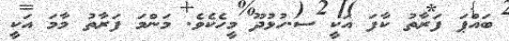
ބައްޕަ ފަރާތު ކާފަ އަކީ ސ.ހުޅުދޫ މީހެކެވެ. މަންމަ ފަރާތު މާމަ އަކީ